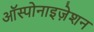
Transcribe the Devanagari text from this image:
ऑस्पोनाइज़ेशन